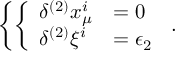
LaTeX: \left\{ \left\{ \begin{array} { l l } { { \delta ^ { ( 2 ) } x _ { \mu } ^ { i } } } & { { = 0 } } \\ { { \delta ^ { ( 2 ) } \xi ^ { i } } } & { { = \epsilon _ { 2 } } } \end{array} \right. \right. .